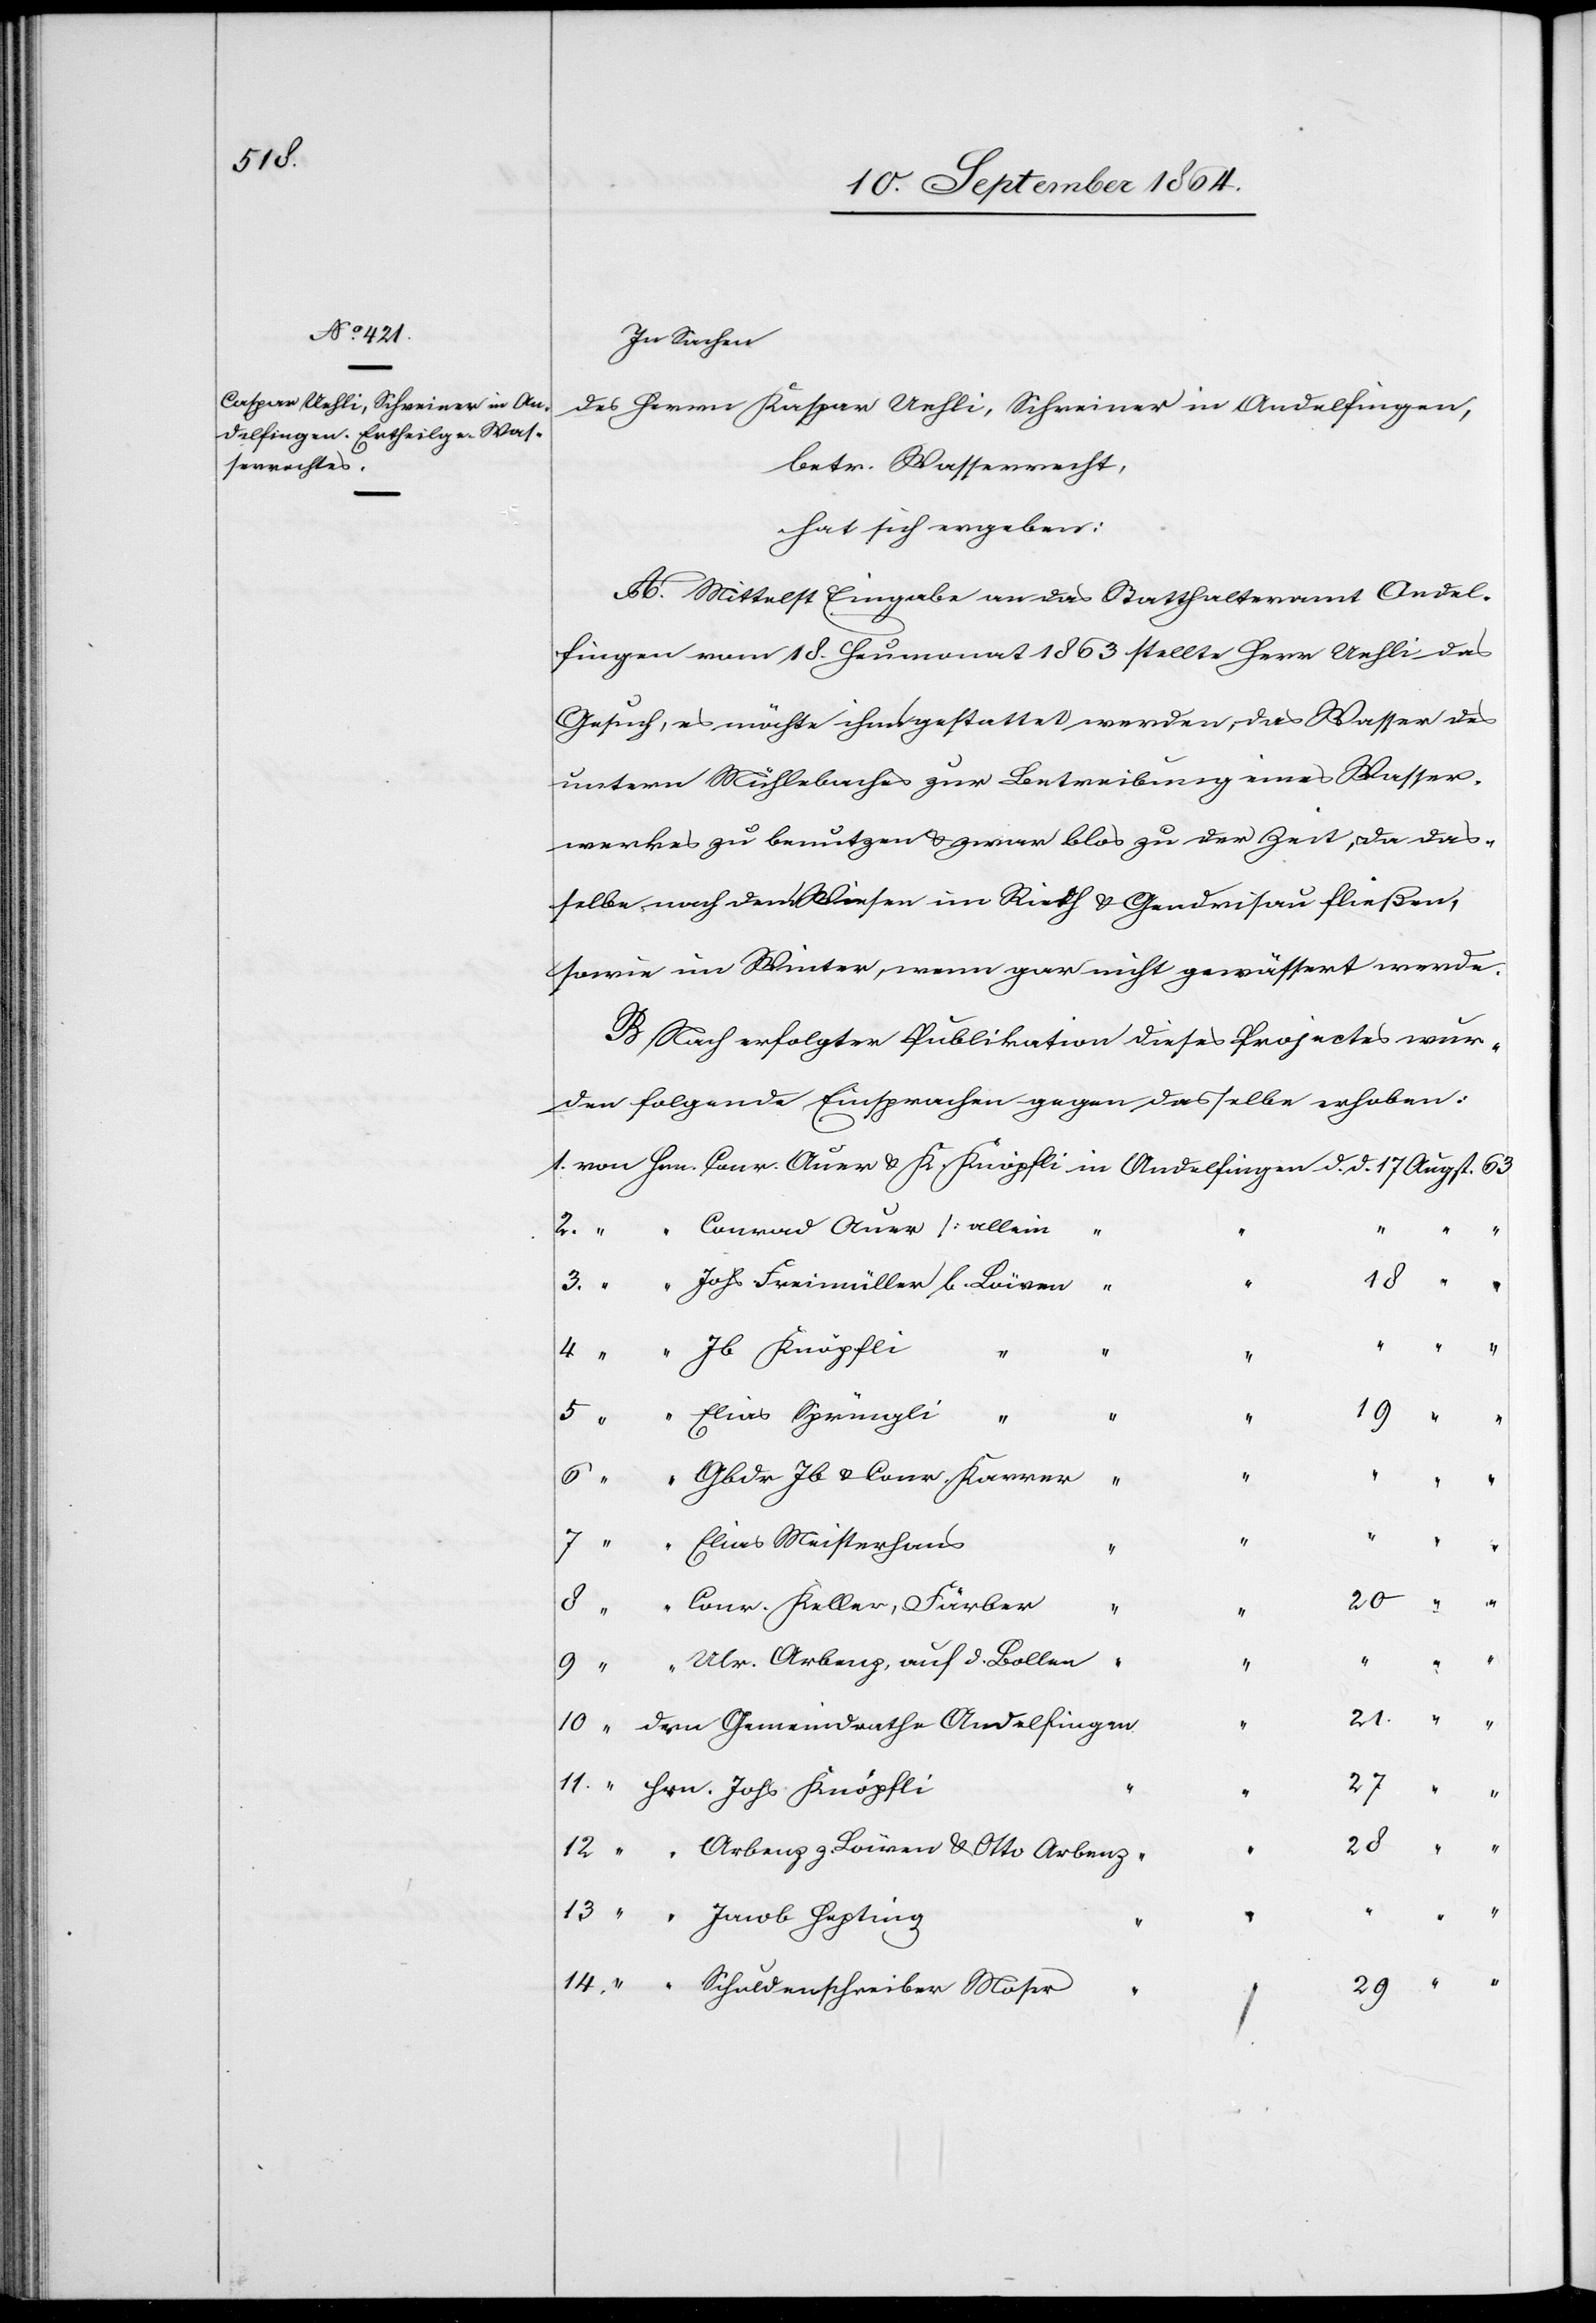
Johs.

In Sachen
des Herrn Kaspar [sic!] Uehli, Schreiner in Andelfingen,
betr. Wasserrecht,
hat sich ergeben:
A. Mittelst Eingabe an das Statthalteramt Andel¬
fingen vom 18. Heumonat 1863 stellte Herr Uehli das
Gesuch, es möchte ihm gestattet werden, das Wasser des
untern Mühlebaches zur Betreibung eines Wasser¬
werkes zu benutzen & zwar blos zu der Zeit, da das¬
selbe nach den Wiesen im Rieth & Gendrisau fließen
sowie im Winter, wenn gar nicht gewässert werde.
B. Nach erfolgter Publikation dieses Projectes wur¬
den folgende Einsprachen gegen dasselbe erhoben:
Conrad Auer [allein]
14.
Johs Freimüller b. Löwen
Elias Sprüngli “
6.
“
Gbdr Jb & Conr Karrer
“
4.
Elias Meisterhans
27
Conr. Keller, Färber
Ulr. Arbenz, auf d. Bollen
9.
dem Gemeindrathe Andelfingen
Arbenz z. Löwen & Otto Arbenz
Schuldenschreiber Moser